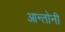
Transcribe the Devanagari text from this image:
आन्तोनी